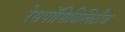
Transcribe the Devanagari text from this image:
रेसपोंसिबिलिटीज